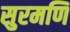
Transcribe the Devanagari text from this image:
सुरमणि